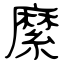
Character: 縻